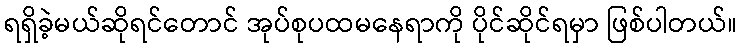
ရရှိခဲ့မယ်ဆိုရင်တောင် အုပ်စုပထမနေရာကို ပိုင်ဆိုင်ရမှာ ဖြစ်ပါတယ်။